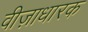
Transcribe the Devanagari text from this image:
वीज़ाधारक